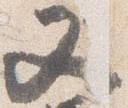
又